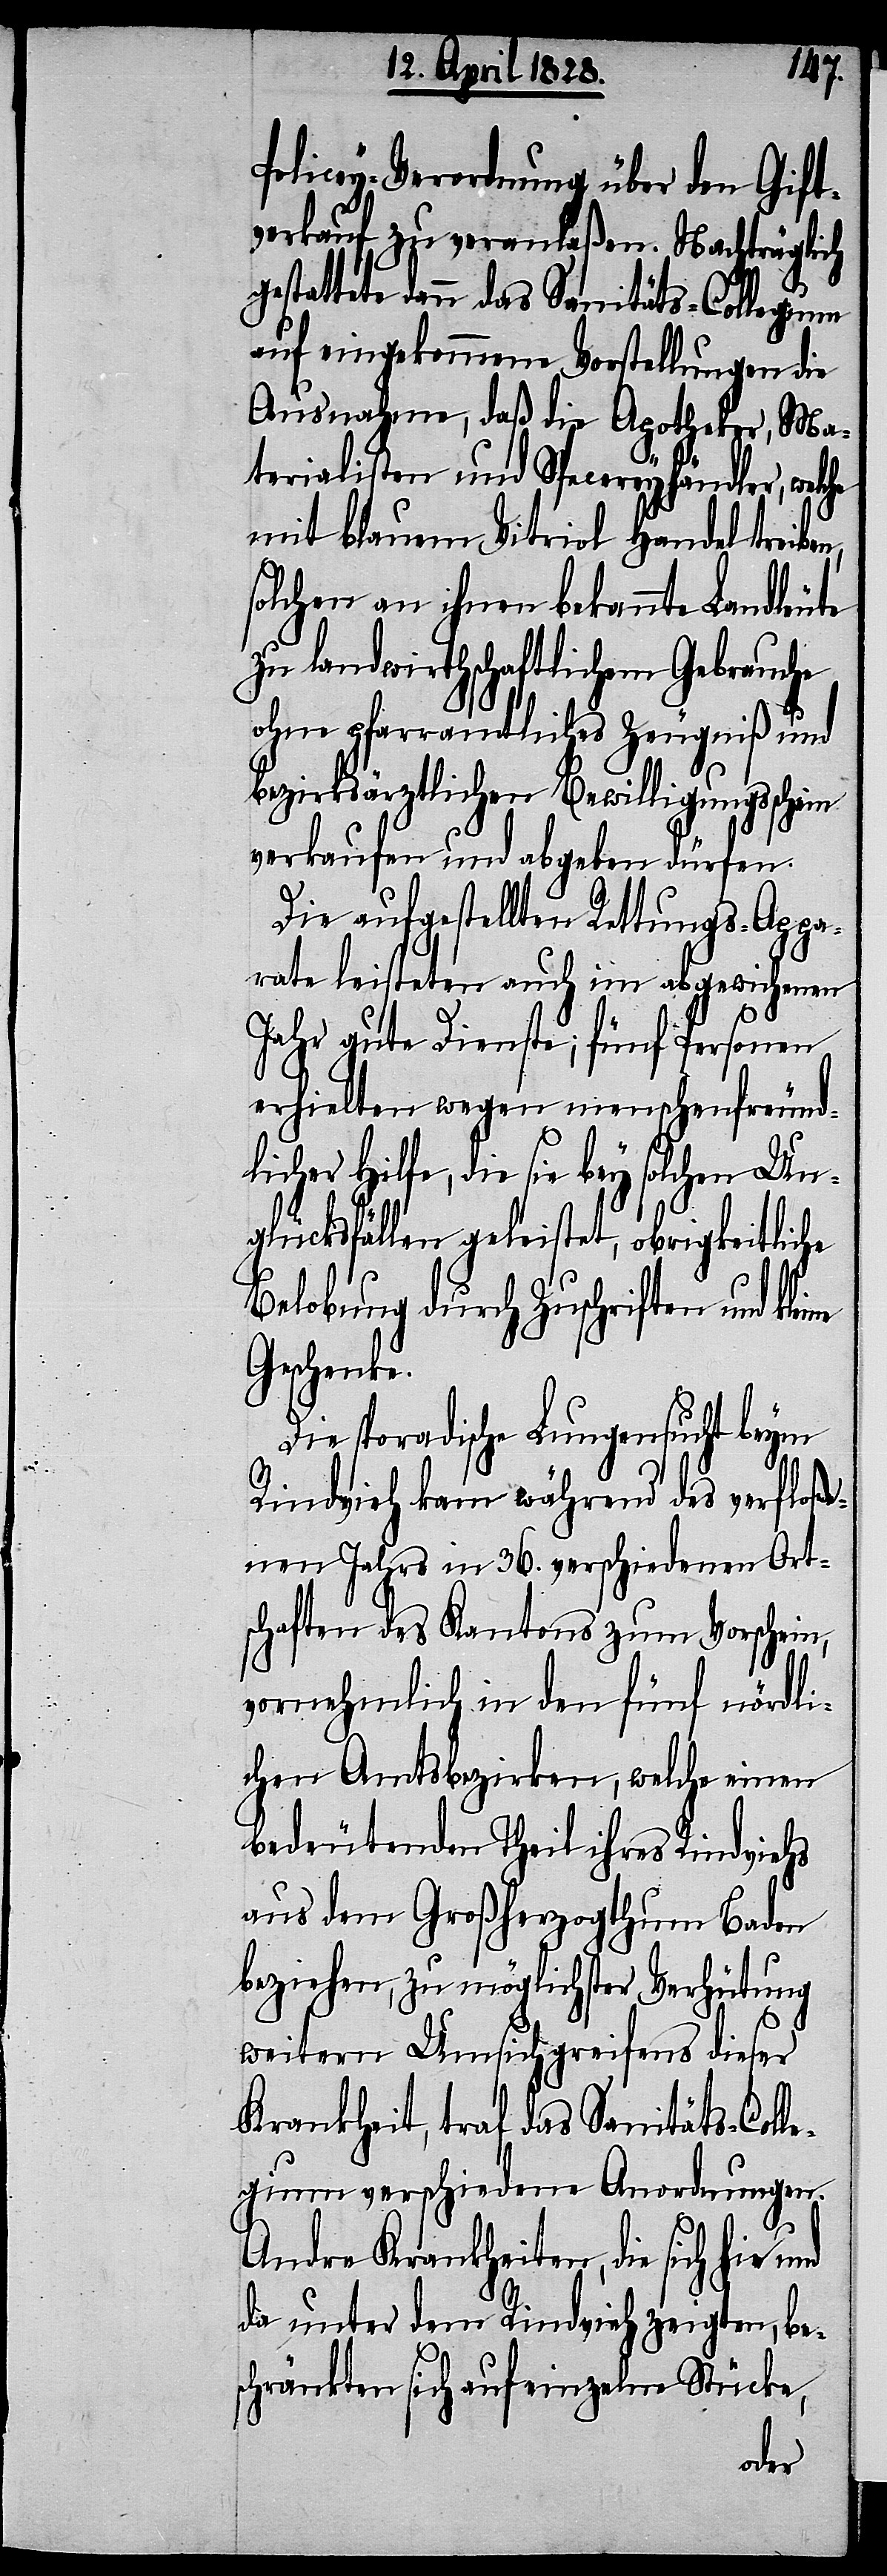
Policey-Verordnung über den Gift¬
verkauf zu veranlaßen. Nachträglich
gestattet dann das Sanitäts-Collegium
auf eingekommene Vorstellungen die
Ausnahme, daß die Apotheker, Ma¬
terialisten und Specereyhändler, welc¬
mit blauem Vitriol Handel treiben,
solchen an ihnen bekannte Landleute
zu landwirthschaftlichem Gebrauche
ohne pfarramtliches Zeugniß und
bezirksärztlichen Bewilligungsschein
verkaufen und abgeben dürfen.
Die aufgestellten Rettungs-Appa¬
rate leisteten auch im abgewichenen
Jahr gute Dienste; fünf Personen
erhielten wegen menschenfreund¬
licher Hilfe, die sie bey solchen Un¬
glücksfällen geleistet, obrigkeitliche
Belobung durch Zuschriften und kle¬
Geschenke.
Die sporadische Lungensucht beym
Rindvieh kam während des verfloße¬
nen Jahrs in 36. verschiedenen Ort¬
schaften des Kantons zum Vorschein,
vornehmlich in den fünft nördli¬
chen Amtsbezirken, welche einen
bedeutenden Theil ihres Rindviehs
aus dem Großherzogthum Baden
beziehen, zu möglichster Verhütung
weitern Umsichgreifens dieser
Krankheit, traf das Sanitäts-Colle¬
gium verschiedene Anordnungen.
ine
Andre Krankheiten, die sich hie
da unter dem Rindvieh zeigten, be¬
schränkten sich auf einzelne Stücke,